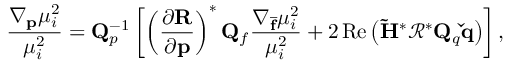
\frac { \nabla _ { \mathbf { p } } \mu _ { i } ^ { 2 } } { \mu _ { i } ^ { 2 } } = \mathbf { Q } _ { p } ^ { - 1 } \left[ \left( \frac { \partial \mathbf { R } } { \partial \mathbf { p } } \right) ^ { * } \mathbf { Q } _ { f } \frac { \nabla _ { \mathbf { \overline { { f } } } } \mu _ { i } ^ { 2 } } { \mu _ { i } ^ { 2 } } + 2 \operatorname { R e } \left( \mathbf { \tilde { H } } ^ { * } \mathbf { \mathcal { R } } ^ { * } \mathbf { Q } _ { q } \mathbf { \check { q } } \right) \right] ,